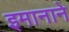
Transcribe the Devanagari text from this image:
इमानाने